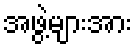
အဖွဲ့များအား